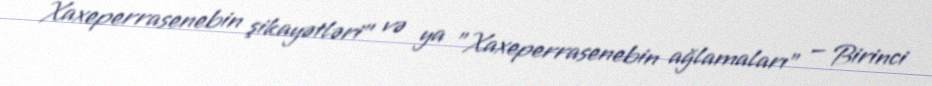
Xaxeperrasenebin şikayətləri" və ya "Xaxeperrasenebin ağlamaları" — Birinci